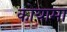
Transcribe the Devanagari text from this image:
कोयामा